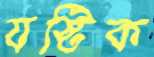
যষ্টিক